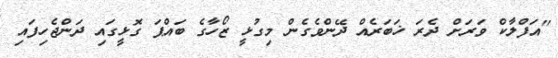
''އަފްލާކް ވަރަށް ދެރަ ޚަބަރެއް ދޭންވެގެން މިގުޅީ ޒޯހާގެ ބައްޕަ ގޮޅީގައި ދަންޖެހިފައި